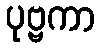
ပုဗ္ဗကာ